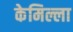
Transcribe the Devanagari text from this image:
केमिल्ला